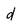
Character: d